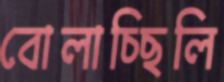
বোলাচ্ছিলি